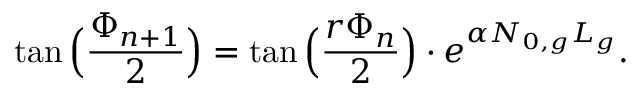
\tan \Big ( \frac { \Phi _ { n + 1 } } { 2 } \Big ) = \tan \Big ( \frac { r \Phi _ { n } } { 2 } \Big ) \cdot e ^ { \alpha N _ { 0 , g } L _ { g } } .